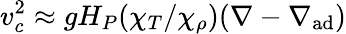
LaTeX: v_{c}^{2}\approx gH_{P}(\chi_{T}/\chi_{\rho})(\nabla-\nabla_{\mathrm{ad}})